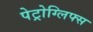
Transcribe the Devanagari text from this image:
पेट्रोग्लिफ्स